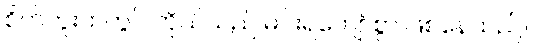
စိတ်ကူးထဲတွင် ကိုယ်သည် မင်းရဲကျော်စွာ ဖြစ်နေသည်။